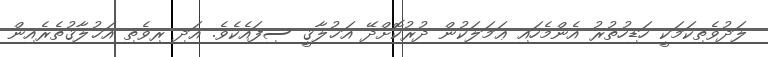
ލަދުވެތިކަމަކީ ހަޑިހުތުރު އެންމެހައި ޢަމަލަކުން ދުރުކޮށްދޭ އަޚުލާޤީ ސިފައެކެވެ. އަދި ރިވެތި އަޚުލާޤުތެރެއިން